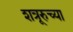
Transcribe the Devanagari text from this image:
शत्रूरुच्या